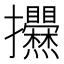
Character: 𢺱